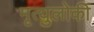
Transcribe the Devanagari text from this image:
मृत्युलोकीं